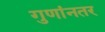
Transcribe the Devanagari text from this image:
गुणांनतर